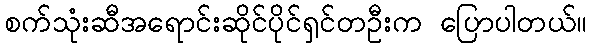
စက်သုံးဆီအရောင်းဆိုင်ပိုင်ရှင်တဦးက ပြောပါတယ်။